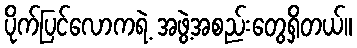
ပိုက်ပြင်လောကရဲ့ အဖွဲ့အစည်းတွေရှိတယ်။